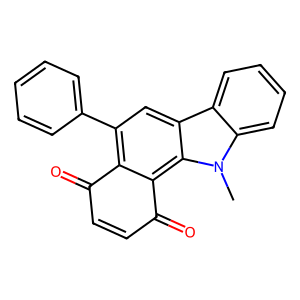
SMILES: Cn1c2ccccc2c2cc(-c3ccccc3)c3c(c21)C(=O)C=CC3=O
Inhibits HIV replication: No